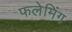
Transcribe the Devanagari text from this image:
फलेमिंग